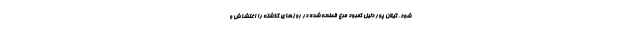
شود. گیلان پور دلیل کمبود مرغ قطعه شده در روزهای گذشته را اغتشاش و